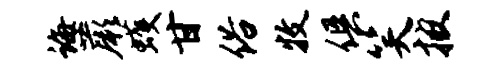
诲蕨蠖甘俗牧俱笑披